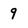
Character: 9